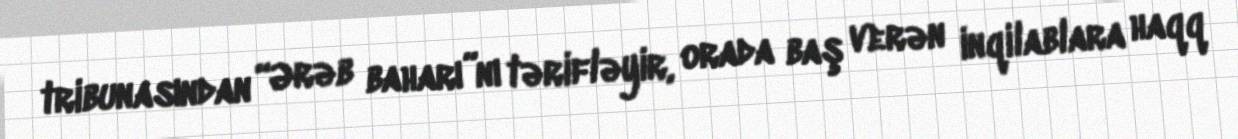
tribunasından “Ərəb baharı”nı tərifləyir, orada baş verən inqilablara haqq